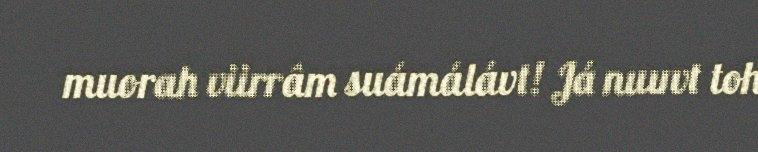
muorah viirrâm suámálávt! Já nuuvt toh